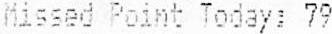
MISSED POINT TODAY: 79